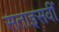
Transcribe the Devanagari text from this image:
सताइसवीं